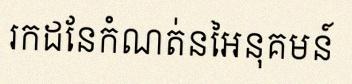
រកដែនកំណត់នៃអនុគមន៍